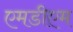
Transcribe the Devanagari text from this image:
एमडीएम